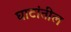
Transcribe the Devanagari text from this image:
घाटांतील